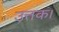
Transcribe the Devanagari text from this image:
उत्तक।